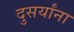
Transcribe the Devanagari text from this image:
दुसर्यांना